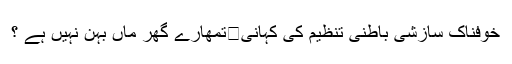
خوفناک سازشی باطنی تنظیم کی کہانی	تمھارے گھر ماں بہن نہیں ہے ؟